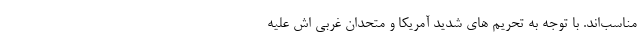
مناسب‌اند. با توجه به تحریم های شدید آمریکا و متحدان غربی اش علیه